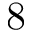
8